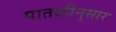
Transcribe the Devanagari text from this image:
पातळीनुसार